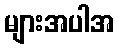
များအပါအ